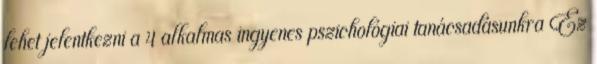
lehet jelentkezni a 4 alkalmas ingyenes pszichológiai tanácsadásunkra Ez